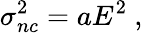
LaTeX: \sigma_{nc}^{2}=aE^{2}\ ,